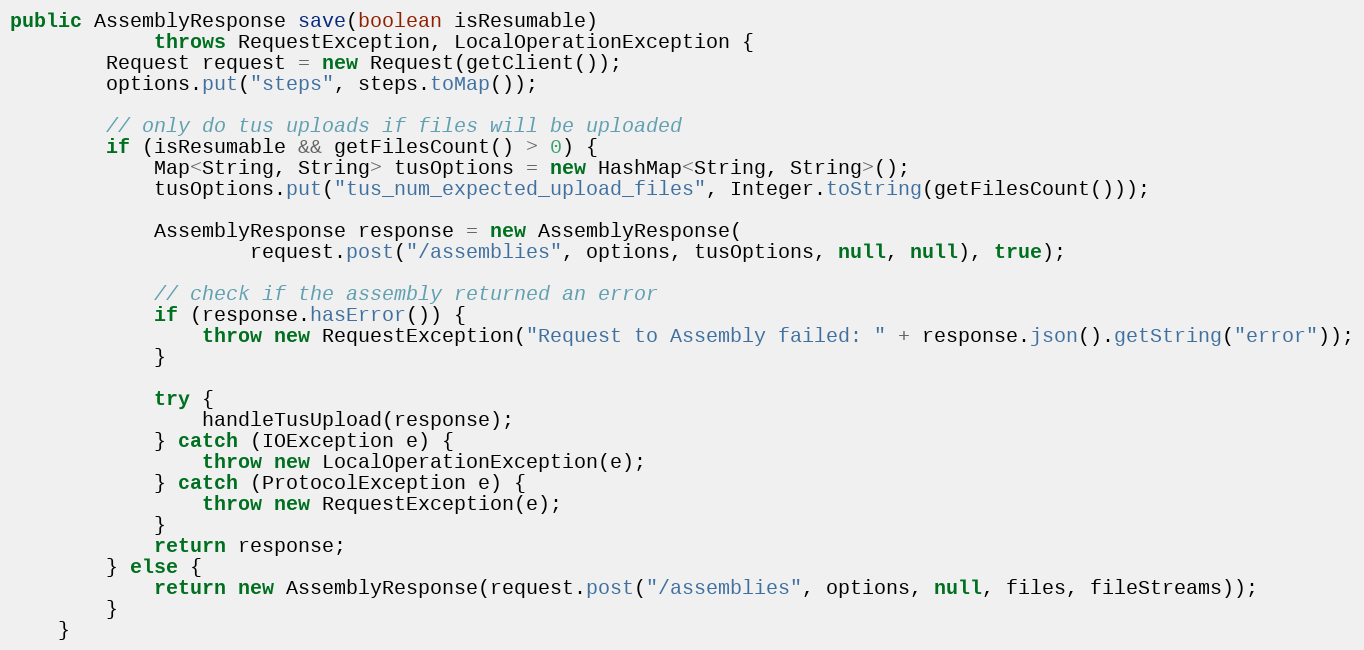
Language: Java
public AssemblyResponse save(boolean isResumable)
            throws RequestException, LocalOperationException {
        Request request = new Request(getClient());
        options.put("steps", steps.toMap());

        // only do tus uploads if files will be uploaded
        if (isResumable && getFilesCount() > 0) {
            Map<String, String> tusOptions = new HashMap<String, String>();
            tusOptions.put("tus_num_expected_upload_files", Integer.toString(getFilesCount()));

            AssemblyResponse response = new AssemblyResponse(
                    request.post("/assemblies", options, tusOptions, null, null), true);

            // check if the assembly returned an error
            if (response.hasError()) {
                throw new RequestException("Request to Assembly failed: " + response.json().getString("error"));
            }

            try {
                handleTusUpload(response);
            } catch (IOException e) {
                throw new LocalOperationException(e);
            } catch (ProtocolException e) {
                throw new RequestException(e);
            }
            return response;
        } else {
            return new AssemblyResponse(request.post("/assemblies", options, null, files, fileStreams));
        }
    }